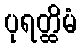
ပုရတ္ထိမံ